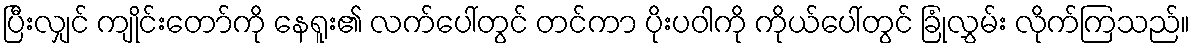
ပြီးလျှင် ကျိုင်းတော်ကို နေရူး၏ လက်ပေါ်တွင် တင်ကာ ပိုးပဝါကို ကိုယ်ပေါ်တွင် ခြုံလွှမ်း လိုက်ကြသည်။